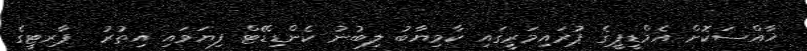
ޚާއްސަކޮށް އެމްޑީޕީގެ ޕުރައިމަރީގައި ކާމިޔާބު ލިބުނު ކެންޑިޑޭޓް ފިޔަވައި އިތުރު  ޕާރޓީގެ